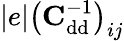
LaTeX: |e|\big(\mathrm{\textbf{C}}_{\mathrm{dd}}^{-1}\big)_{ij}